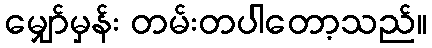
မျှော်မှန်း တမ်းတပါတော့သည်။